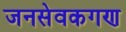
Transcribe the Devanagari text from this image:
जनसेवकगण